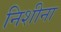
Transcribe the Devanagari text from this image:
निशीना